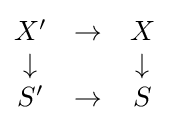
{\begin{matrix}X'&\to &X\\\downarrow &&\downarrow \\S'&\to &S\end{matrix}}